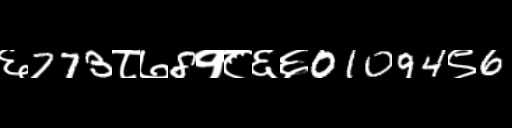
Text: ६773८७8१८६६01094९6